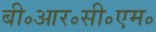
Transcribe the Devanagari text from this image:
बी॰आर॰सी॰एम॰